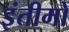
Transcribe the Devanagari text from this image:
इंतीमो